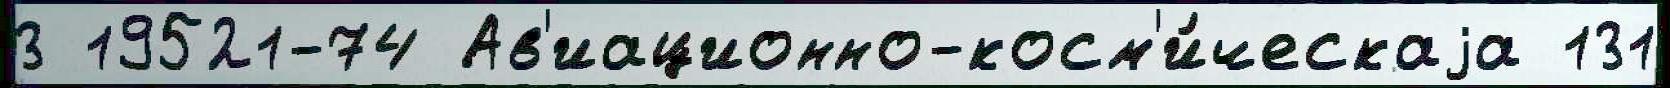
3 19521-74 Ав'иационно-косм'и́ческаjа 131